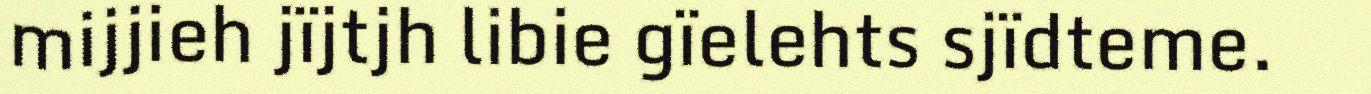
mijjieh jïjtjh libie gïelehts sjïdteme.